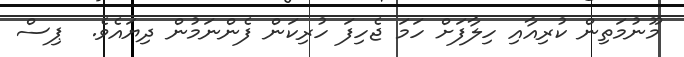
މޫނުމަތިން ކުރިއާއި ހިލާފަށް ހަމަ ޖެހިފަ ހުރިކަން ފެންނަމުން ދިޔައެވެ.  ޕިސް